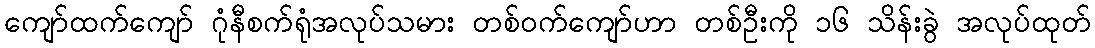
ကျော်ထက်ကျော် ဂုံနီစက်ရုံအလုပ်သမား တစ်ဝက်ကျော်ဟာ တစ်ဦးကို ၁၆ သိန်းခွဲ အလုပ်ထုတ်